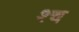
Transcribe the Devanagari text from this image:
श्‍च